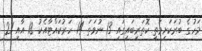
މަހުގެ ބުރަކަށިމަތީ ކޮތަރިބައިގައި 13 ނުވަތަ 14 ހަރުކައްޓާއެކު 18 އާއި 21